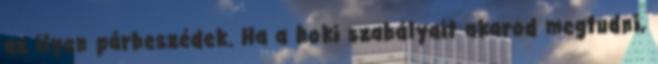
az ilyen párbeszédek. Ha a hoki szabályait akarod megtudni,